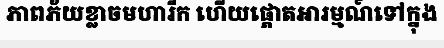
ភាពភ័យខ្លាចមហារីក ហើយផ្តោតអារម្មណ៍ទៅក្នុង